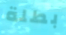
بطلة